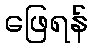
ဖြေရန်